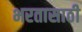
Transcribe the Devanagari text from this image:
भरतासाठी